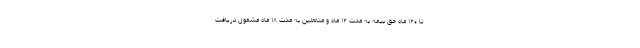
تا ۱۲۰ ماه حق بیمه به مدت ۱۲ ماه و متاهلین به مدت ۱۸ ماه مشمول دریافت